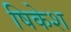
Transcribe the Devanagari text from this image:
षिकेश